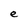
Character: e